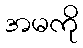
အမကို